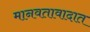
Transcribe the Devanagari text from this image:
मानवतावादात